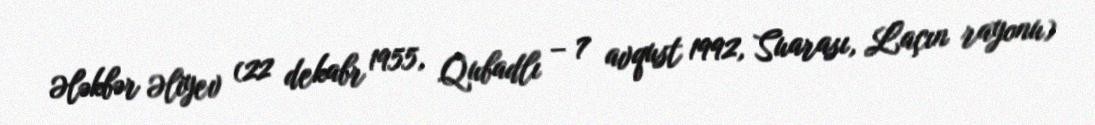
Ələkbər Əliyev (22 dekabr 1955, Qubadlı – 7 avqust 1992, Suarası, Laçın rayonu)